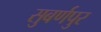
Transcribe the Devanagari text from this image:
सुबर्णपुर